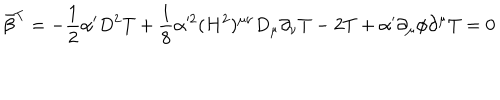
LaTeX: \bar { \beta } ^ { T } = - \frac { 1 } { 2 } \alpha ^ { \prime } D ^ { 2 } T + \frac { 1 } { 8 } \alpha ^ { 2 } ( H ^ { 2 } ) ^ { \mu \nu } D _ { \mu } \partial _ { \nu } T - 2 T + \alpha ^ { \prime } \partial _ { \mu } \phi \partial ^ { \mu } T = 0